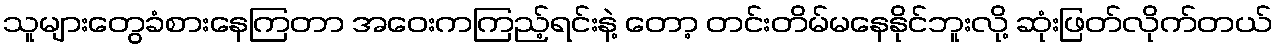
သူများတွေခံစားနေကြတာ အဝေးကကြည့်ရင်းနဲ့ တော့ တင်းတိမ်မနေနိုင်ဘူးလို့ ဆုံးဖြတ်လိုက်တယ်